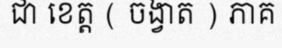
ជា ខេត្ត ( ចង្វាត ) ភាគ